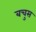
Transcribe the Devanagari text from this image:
बचुस